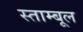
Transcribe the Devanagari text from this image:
स्ताम्बूल